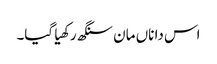
اس دا ناں مان سنگھ رکھیا گیا۔